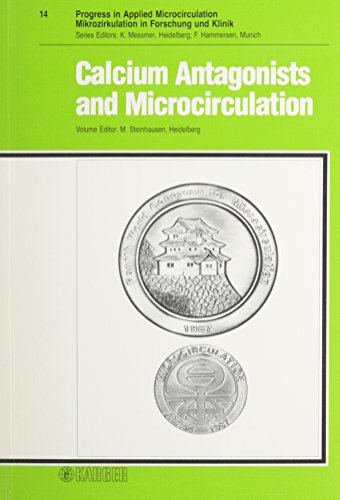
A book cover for Calcium Antagonists and Microcirculation: Symposium at the 4th World Congress for Microcirculation, Tokyo, July 1987: Proceedings (Progress in Applied Microcirculation, Vol. 14); Medical Books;